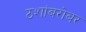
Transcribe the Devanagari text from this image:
ठशांबरोबर